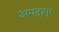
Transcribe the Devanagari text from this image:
अमदापूर